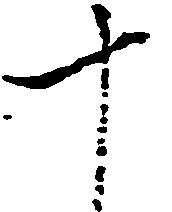
十